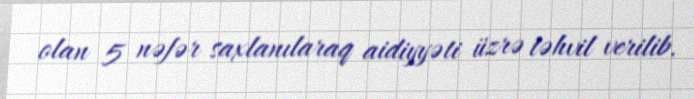
olan 5 nəfər saxlanılaraq aidiyyəti üzrə təhvil verilib.